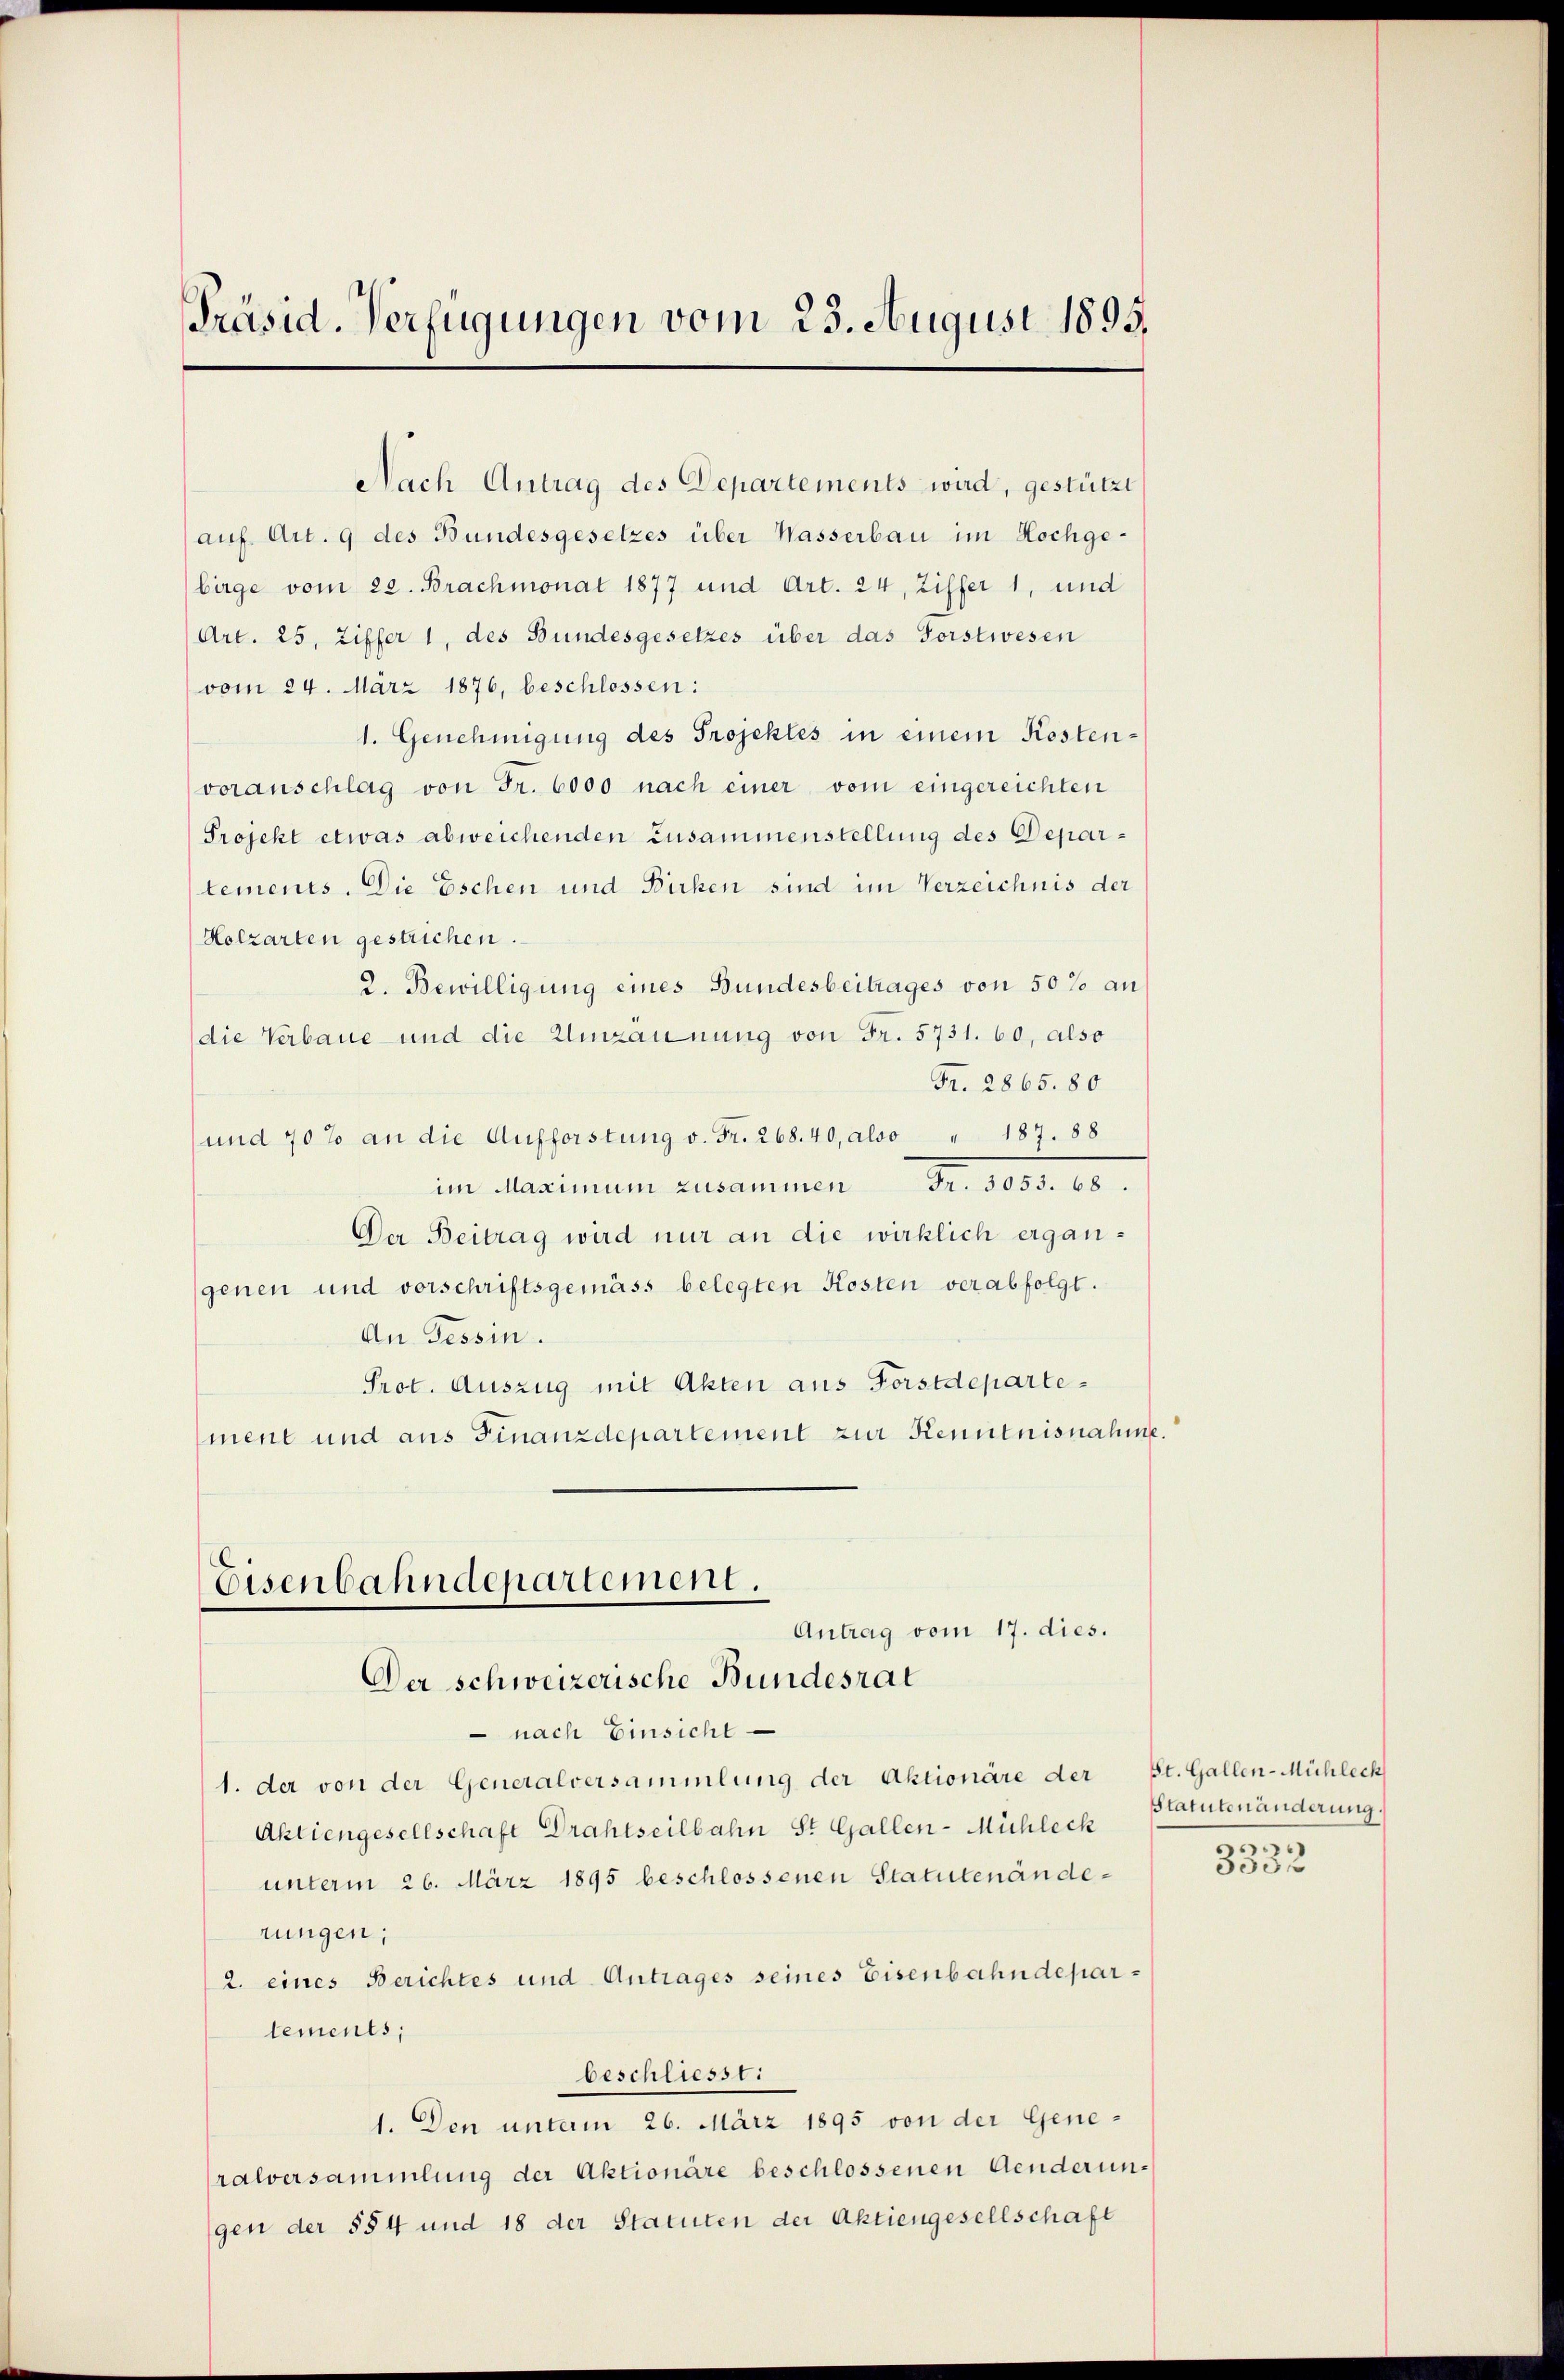
Präsid. Verfügungen vom 23. August 1895.

Art. 25, Ziffer 1, des Bundesgesetzes über das Forstwesen
vom 24. März 1876, beschlossen:
1. Genehmigung des Projektes in einem Kostenvoranschlag von Fr. 6000 nach einer vom eingereichten
Projekt etwas abweichenden Zusammenstellung des Deparlements. Die Eschen und Bicken sind im Verzeichnis der
Holzarten gestrichen.
2. Bewilligung eines Bundesbeitrages von 50 % an
die Verbaue und die Umzäunung von Fr. 5731. 60, also
Fr. 2865. 80
und 70% an die Aufforstung v. Fr. 268. 40, also " 187. 88
im Maximum zusammen Fr. 3000. 10.
Der Beitrag wird nur an die wirklich ergangenen und vorschriftsgemäss belegten Kosten verabfolgt.
An Tessin.
Prot. Auszug mit Akten aus Forstdepartement und aus Finanzdepartement zur Kenntnisnahme.
Eisenbahndepartement.

Nach Antrag des Departements wird, gestützt
auf Art. 9 des Bundesgesetzes über Wasserbau im Hochge-
bürge vom 22. Brachmonat 1877 und Art. 24, Ziffer 1, und

Antrag vom 17. dies.
Der schweizerische Bundesrat

nach Einsicht
1. der von der Generalversammlung der Aktionäre der St. Gallen-Mühlech
Aktiengesellschaft Drahtseilbahn St. Gallen-Müchleck
unterm 26. März 1895 beschlossenen Statutenänderungen;
2. eines Berichtes und Antrages seines Eisenbahndepartements,
beschliessti
1. Den untam 26. März 1895 von der Generalversammlung der Aktionäre beschlossenen Aenderungen der §§ 4 und 18 der Statuten der Aktiengesellschaft

Statutenänderung.
m

3352